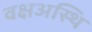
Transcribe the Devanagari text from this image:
वक्षअस्थि